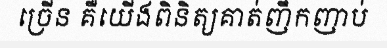
ច្រើន គឺយើងពិនិត្យគាត់ញឹកញាប់